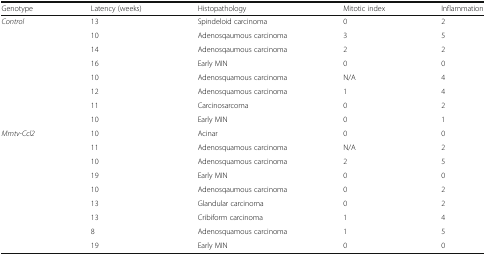
<table><thead><tr><td><b>Genotype</b></td><td><b>Latency (weeks)</b></td><td><b>Histopathology</b></td><td><b>Mitotic index</b></td><td><b>Inflammation</b></td></tr></thead><tbody><tr><td><i>Control</i></td><td>13</td><td>Spindeloid carcinoma</td><td>0</td><td>2</td></tr><tr><td></td><td>10</td><td>Adenosqaumous carcinoma</td><td>3</td><td>5</td></tr><tr><td></td><td>14</td><td>Adenosqaumous carcinoma</td><td>2</td><td>2</td></tr><tr><td></td><td>16</td><td>Early MIN</td><td>0</td><td>0</td></tr><tr><td></td><td>10</td><td>Adenosquamous carcinoma</td><td>N/A</td><td>4</td></tr><tr><td></td><td>12</td><td>Adenosquamous carcinoma</td><td>1</td><td>4</td></tr><tr><td></td><td>11</td><td>Carcinosarcoma</td><td>0</td><td>2</td></tr><tr><td></td><td>10</td><td>Early MIN</td><td>0</td><td>1</td></tr><tr><td><i>Mmtv-Ccl2</i></td><td>10</td><td>Acinar</td><td>0</td><td>0</td></tr><tr><td></td><td>11</td><td>Adenosquamous carcinoma</td><td>N/A</td><td>2</td></tr><tr><td></td><td>10</td><td>Adenosquamous carcinoma</td><td>2</td><td>5</td></tr><tr><td></td><td>19</td><td>Early MIN</td><td>0</td><td>0</td></tr><tr><td></td><td>10</td><td>Adenosqaumous carcinoma</td><td>0</td><td>2</td></tr><tr><td></td><td>13</td><td>Glandular carcinoma</td><td>0</td><td>2</td></tr><tr><td></td><td>13</td><td>Cribiform carcinoma</td><td>1</td><td>4</td></tr><tr><td></td><td>8</td><td>Adenosquamous carcinoma</td><td>1</td><td>5</td></tr><tr><td></td><td>19</td><td>Early MIN</td><td>0</td><td>0</td></tr></tbody></table>